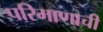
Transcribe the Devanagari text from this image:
परिमाणाची